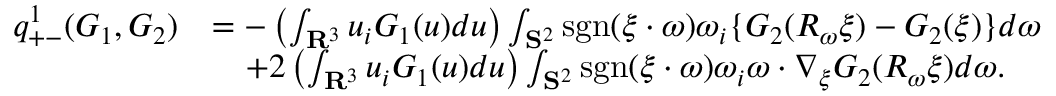
\begin{array} { r l } { q _ { + - } ^ { 1 } ( G _ { 1 } , G _ { 2 } ) } & { = - \left( \int _ { \mathbf R ^ { 3 } } u _ { i } G _ { 1 } ( u ) d u \right) \int _ { \mathbf S ^ { 2 } } \mathrm { s g n } ( \xi \cdot \omega ) \omega _ { i } \{ G _ { 2 } ( R _ { \omega } \xi ) - G _ { 2 } ( \xi ) \} d \omega } \\ & { \quad + 2 \left( \int _ { \mathbf R ^ { 3 } } u _ { i } G _ { 1 } ( u ) d u \right) \int _ { \mathbf S ^ { 2 } } \mathrm { s g n } ( \xi \cdot \omega ) \omega _ { i } \omega \cdot \nabla _ { \xi } G _ { 2 } ( R _ { \omega } \xi ) d \omega . } \end{array}